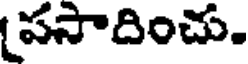
పసాదించు.